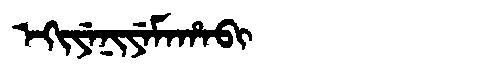
Manchu: ᡝᡴᡳᠶᡝᠨᡳᠶᡝᠮᠠᡥᠠᠪᡳ
Romanization: EKIYENIYEMAHABI